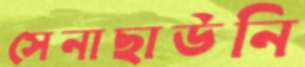
সেনাছাউনি